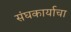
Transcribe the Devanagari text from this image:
संघकार्याचा